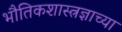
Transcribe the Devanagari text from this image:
भौतिकशास्त्रज्ञाच्या